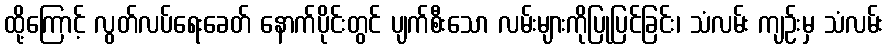
ထို့ကြောင့် လွတ်လပ်ရေးခေတ် နောက်ပိုင်းတွင် ပျက်စီးသော လမ်းများကိုပြုပြင်ခြင်း၊ သံလမ်း ကျဉ်းမှ သံလမ်း